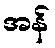
အန်